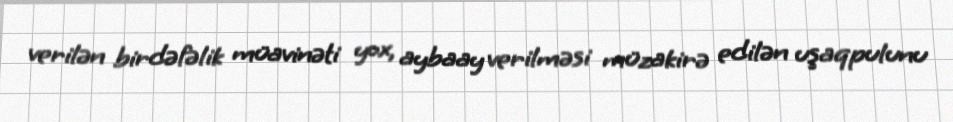
verilən birdəfəlik müavinəti yox, aybaay verilməsi müzakirə edilən uşaqpulunu